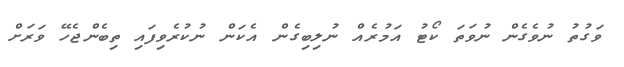
ވަގުތު ނުވެގެން ނުވަތަ ކޯޓު އަމުރެއް ނުލިބިގެން އެކަން ނުކުރެވިފައި ތިބެންޖެހޭ ވަރަށް